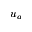
u _ { a }